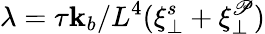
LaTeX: \lambda=\tau\mathbf{k}_{b}/L^{4}(\xi_{\perp}^{s}+\xi_{\perp}^{\mathscr{P}})